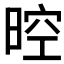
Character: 𣈞